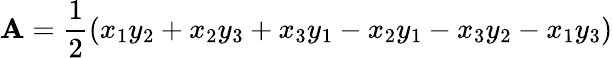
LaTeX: \mathbf{A}={\frac{1}{2}}(x_{1}y_{2}+x_{2}y_{3}+x_{3}y_{1}-x_{2}y_{1}-x_{3}y_{2}-x_{1}y_{3})